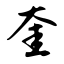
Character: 奎